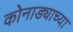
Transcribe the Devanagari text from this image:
कोनाड्याच्या